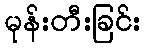
မုန်းတီးခြင်း